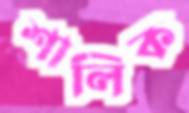
শালিক